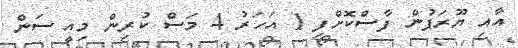
އާއި ޔޫރަޕުން ފާސްކޮށްފި 1 އަހަރު 4 މަސް ކުރިން މިއީ ސަން